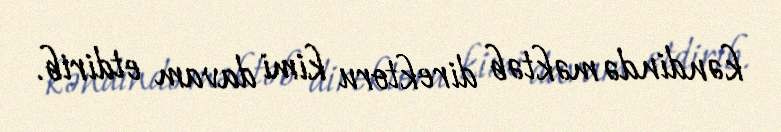
kəndində məktəb direktoru kimi davam etdirib.